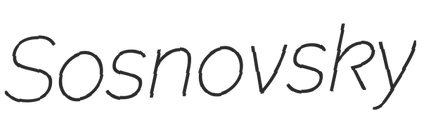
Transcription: Sosnovsky